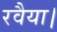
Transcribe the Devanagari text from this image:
रवैया।